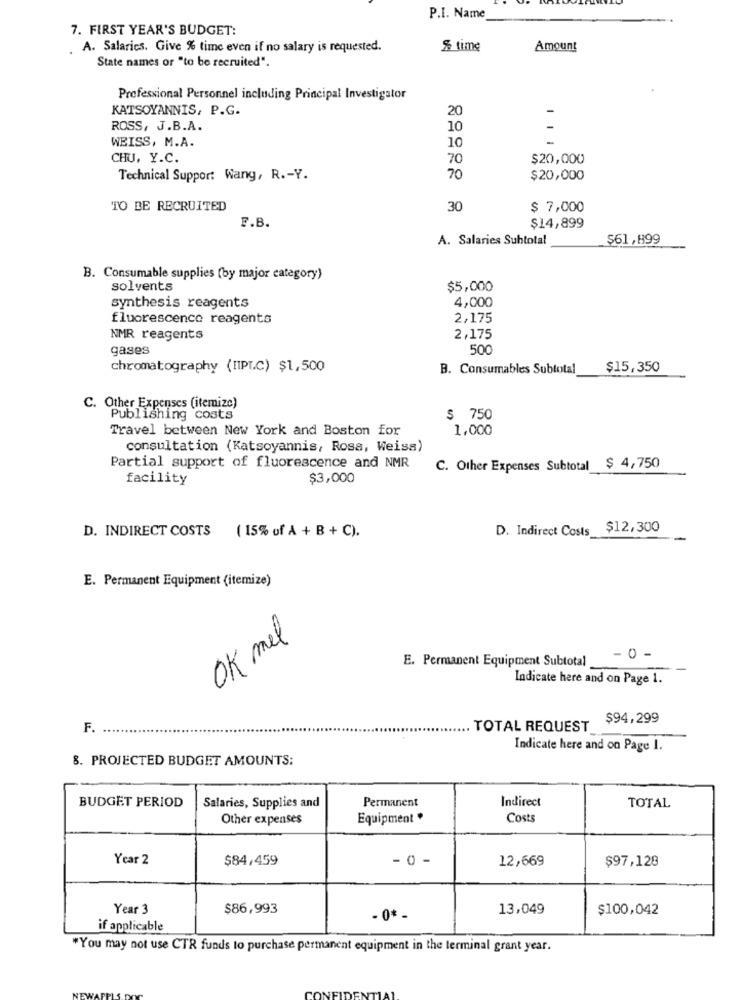
P.I. Name
7. FIRST YEAR'S BUDGET:
. A. Salaries. Give % time even if no salary is requested.
5% time
Amount
State names or "to be recruited".
Professional Personnel including Principal Investigator
KATSOYANNIS, P.G.
20
ROSS, J.B.A.
10
-
WEISS, M.A.
10
CHU, Y.C.
70
$20,000
Technical Support Wang, R .- Y.
70
$20,000
TO BE RECRUITED
30
$ 7,000
F.B.
$14,899
A. Salaries Suhtotal
$61,899
B. Consumable supplies (by major category)
solvents
$5,000
4,000
synthesis reagents
fluorescence reagents
2,175
NMR reagents
2,175
gases
500
chromatography (IIPL.C) $1,500
B. Consumables Subtotal
$15,350
C. Other Expenses (itemize)
Publishing costs
$ 750
Travel between New York and Boston for
1,000
consultation (Katsoyannis, Rosa, Weiss)
Partial support of fluorescence and NMR
C. Other Expenses Subtotal $ 4,750
facility
$3,000
D. INDIRECT COSTS ( 15% of A + B + C).
D. Indirect Costs $12,300
E. Permanent Equipment (itemize)
OK mel
- 0 -
E. Permanent Equipment Subtotal
--
Indicate here and on Page 1.
$94,299
F. ..
TOTAL REQUEST
Indicate here and on Page 1.
8. PROJECTED BUDGET AMOUNTS:
Permanent
Indirect
BUDGET PERIOD
Salaries, Supplies and
TOTAL
Other expenses
Equipment *
Costs
Year 2
$84,459
- 0 -
12,669
$97,128
Year 3
$86,993
13,049
$100,042
- 0* -
if applicable
"You may not use CTR funds to purchase permanent equipment in the terminal grant year.